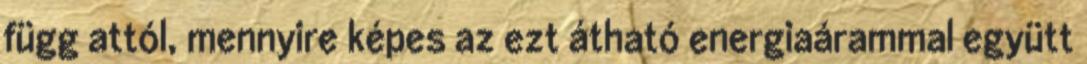
függ attól, mennyire képes az ezt átható energiaárammal együtt